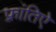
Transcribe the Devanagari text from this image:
फ़्रांतिऐ